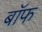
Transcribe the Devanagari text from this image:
बाॅफ